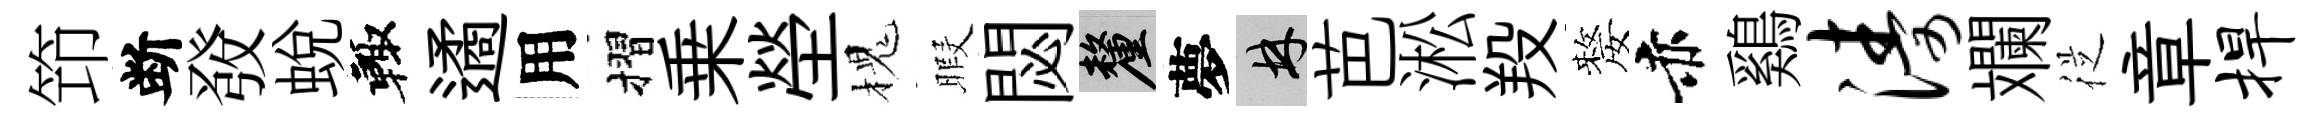
笻断𤼲蜕輙遹用摺乗塋槐暇閟厘夢林芭淞羖嫠赤鷄涛斕従章捍